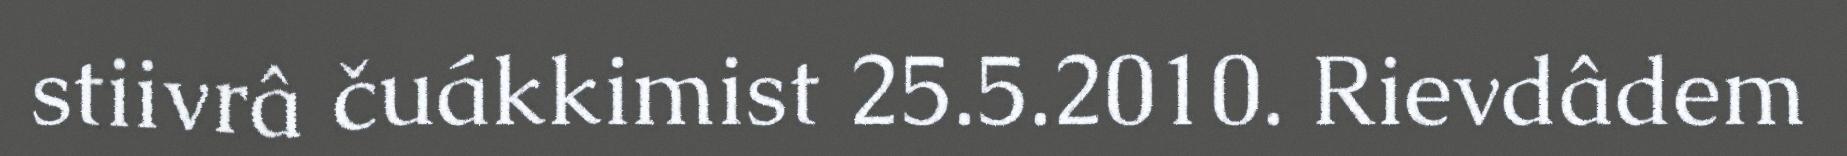
stiivrâ čuákkimist 25.5.2010. Rievdâdem